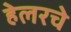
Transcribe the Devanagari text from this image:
हेलरचे